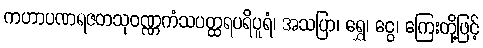
ကဟာပဏရဇတသုဝဏ္ဏကံသပတ္ထရပရိပူရံ၊ အသပြာ၊ ရွှေ၊ ငွေ၊ ကြေးတို့ဖြင့်